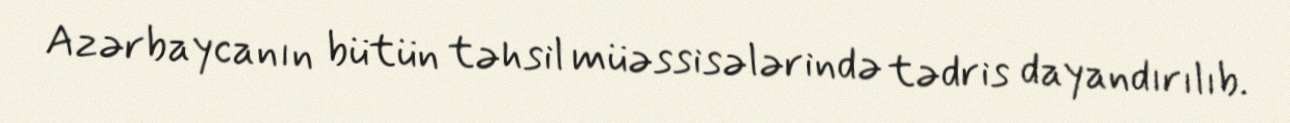
Azərbaycanın bütün təhsil müəssisələrində tədris dayandırılıb.